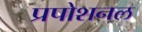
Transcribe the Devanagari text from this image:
प्रपोशनल